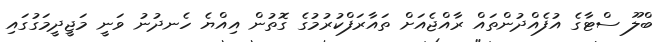
ބްލޫ ސްޓާގެ އުފެއްދުންތައް ރާއްޖެއަށް ތައާރަފްކުރުމުގެ ގޮތުން އިއްޔެ ހެނދުނު ވަނީ މަޖީދީމަގުގައި